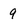
Character: 9